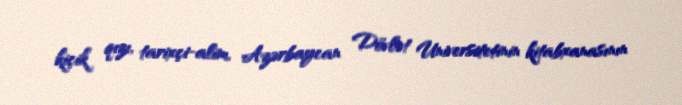
kiçik qızı, tarixçi-alim, Azərbaycan Dövlət Universitetinin kitabxanasının